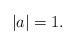
LaTeX: \begin{align*}|a|=1.\end{align*}